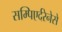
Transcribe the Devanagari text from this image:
सम्पिएर्दरेनेसे